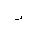
Letter: _ra